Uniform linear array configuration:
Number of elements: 64
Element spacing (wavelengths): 0.75
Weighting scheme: kaiser
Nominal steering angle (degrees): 0
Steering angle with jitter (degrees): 1.374
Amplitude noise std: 0.05
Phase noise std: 0.05

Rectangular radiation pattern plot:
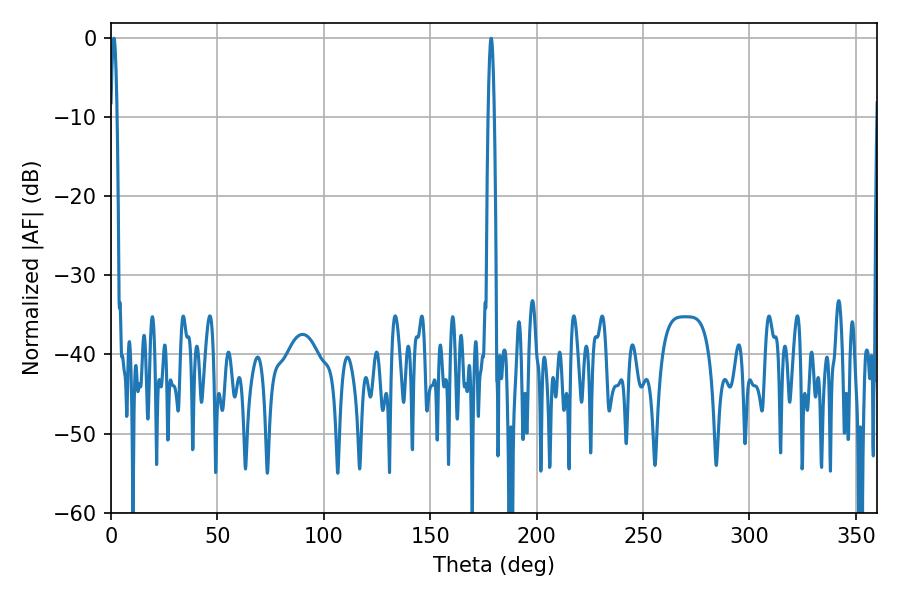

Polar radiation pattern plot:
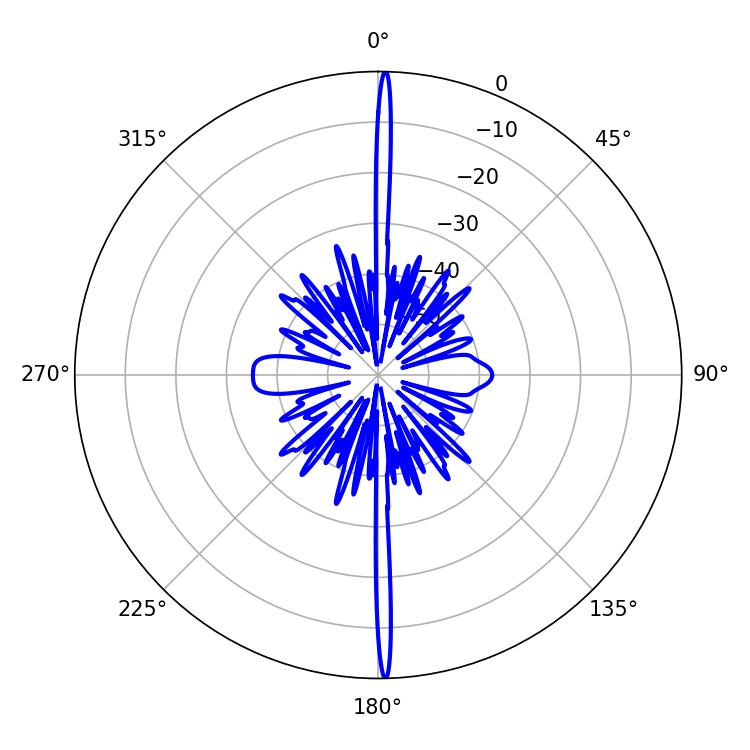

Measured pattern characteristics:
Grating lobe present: TRUE
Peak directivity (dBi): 31.466
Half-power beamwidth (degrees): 1.62
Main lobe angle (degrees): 178.56